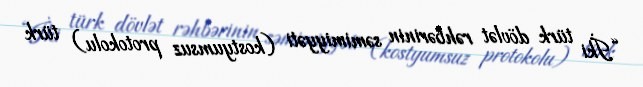
“İki türk dövlət rəhbərinin səmimiyyəti (kostyumsuz protokolu) türk